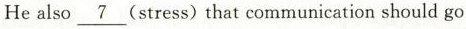
He also \underline{7} (stress) that communication should go